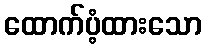
ထောက်ပံ့ထားသော